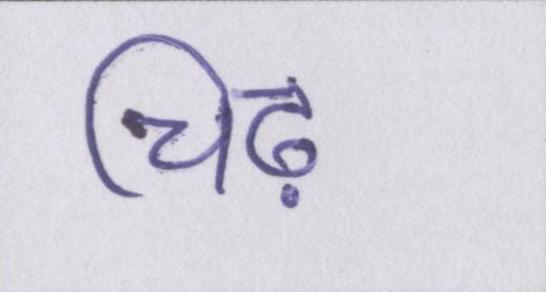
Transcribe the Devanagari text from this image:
चिढ़